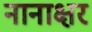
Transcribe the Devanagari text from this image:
नानाक्षर